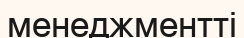
менеджментті